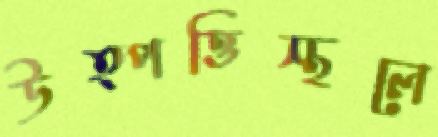
উত্পত্তিস্থলে